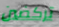
تركضين